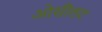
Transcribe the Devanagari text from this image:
ओसीलट